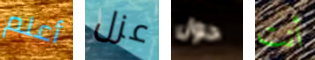
أعلم عزل حول أنت